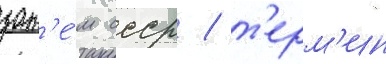
зат'е́м ссср / т'ерм'ин